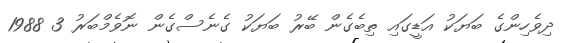
ދިވެހިންގެ ބަޔަކު އަޑީގައި ތިބެގެން ބޭރު ބަޔަކު ގެނެސްގެން ނޮވެމްބަރު 3 1988